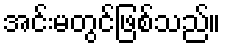
အင်းမတွင်ဖြစ်သည်။